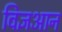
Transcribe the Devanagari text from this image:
विज्ञआन